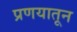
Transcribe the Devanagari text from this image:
प्रणयातून